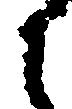
に